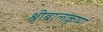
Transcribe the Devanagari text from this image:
श्रीबालकृष्ण